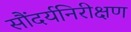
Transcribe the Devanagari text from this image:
सौंदर्यनिरीक्षण